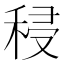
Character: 𮃆